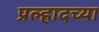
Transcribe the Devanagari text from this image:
प्रल्हादच्या